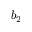
b _ { 2 }